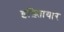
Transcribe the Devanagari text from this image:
इख़्तिायार